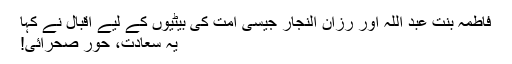
فاطمہ بنت عبد اللہ اور رزان النجار جیسی اُمت کی بیٹیوں کے لیے اقبال نے کہا
یہ سعادت، حورِ صحرائی!